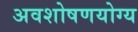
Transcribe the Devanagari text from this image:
अवशोषणयोग्य